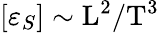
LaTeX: [\varepsilon_{S}]\sim\mathrm{L}^{2}/\mathrm{T}^{3}